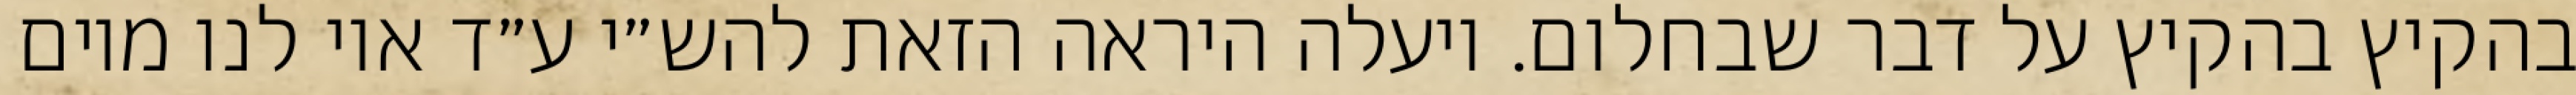
בהקיץ בהקיץ על דבר שבחלום. ויעלה היראה הזאת להש״י ע״ד אוי לנו מיום